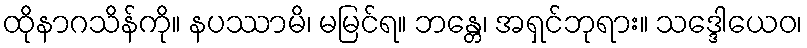
ထိုနာဂသိန်ကို။ နပဿာမိ၊ မမြင်ရ။ ဘန္တေ၊ အရှင်ဘုရား။ သဒ္ဒေါယေဝ၊